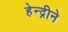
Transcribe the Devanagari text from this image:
हेन्द्रीने